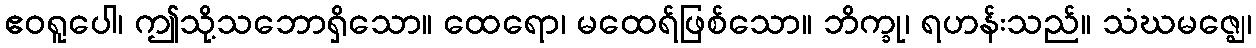
ဧဝရူပေါ၊ ဤသို့သဘောရှိသော။ ထေရော၊ မထေရ်ဖြစ်သော။ ဘိက္ခု၊ ရဟန်းသည်။ သံဃမဇ္ဈေ၊